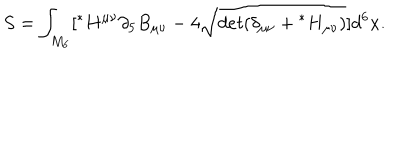
S = \int _ { M _ { 6 } } [ { } ^ { * } H ^ { \mu \nu } \partial _ { 5 } B _ { \mu \nu } - 4 { \hspace { 0 . 3 c m } } \sqrt [ [object Object] ] ] { d e t ( \delta _ { \mu \nu } + { } ^ { * } H _ { \mu \nu } ) } ] d ^ { 6 } x .